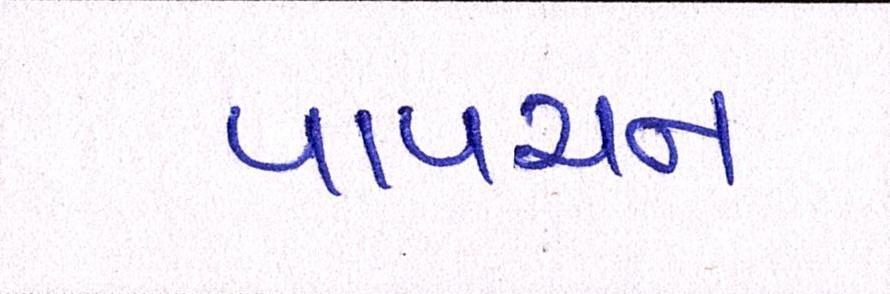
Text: પાપચન